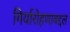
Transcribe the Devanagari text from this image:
गिर्यारोहणाबद्दल